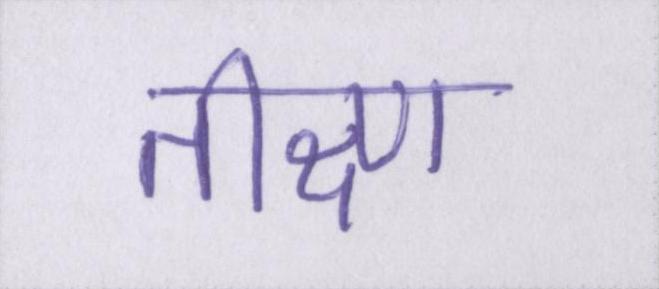
तीक्ष्ण